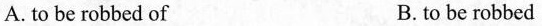
A. to be robbed of B. to be robbed